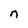
Character: n